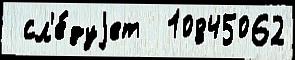
 сл'е́дуjет  10845062